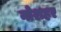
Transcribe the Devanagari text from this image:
नोशहर